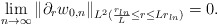
\begin{align*}\lim_{n\to\infty}\|\partial_rw_{0,n}\|_{L^2(\frac{r_{ln}}{L}\leq r\leq Lr_{ln})}=0.\end{align*}